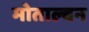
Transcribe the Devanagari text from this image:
मोताल्बन